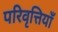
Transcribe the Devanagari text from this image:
परिवृत्तियाँ